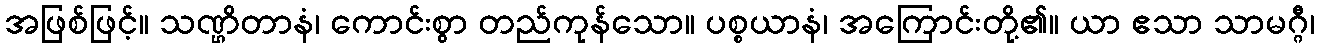
အဖြစ်ဖြင့်။ သဏ္ဌိတာနံ၊ ကောင်းစွာ တည်ကုန်သော။ ပစ္စယာနံ၊ အကြောင်းတို့၏။ ယာ ဧသာ သာမဂ္ဂီ၊